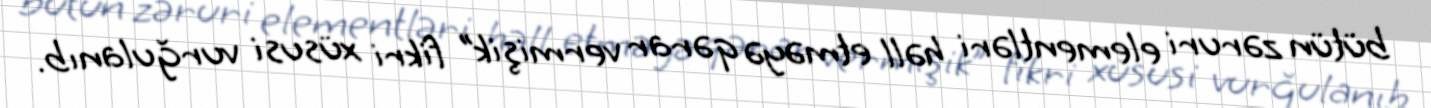
bütün zəruri elementləri həll etməyə qərar vermişik” fikri xüsusi vurğulanıb.